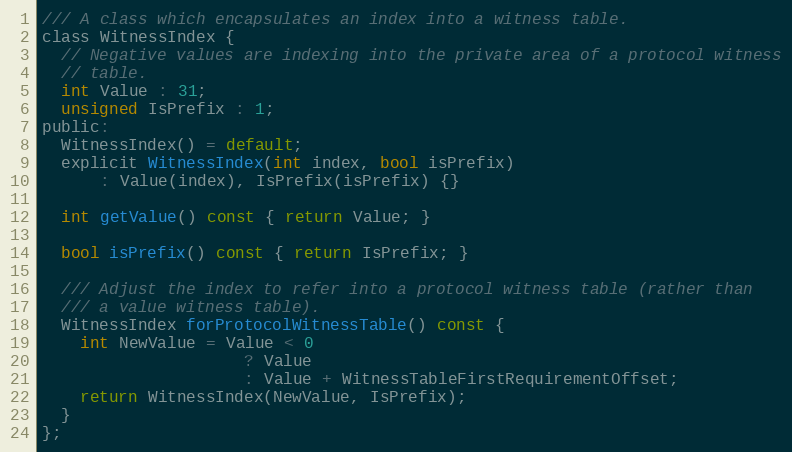
Language: C
/// A class which encapsulates an index into a witness table.
class WitnessIndex {
  // Negative values are indexing into the private area of a protocol witness
  // table.
  int Value : 31;
  unsigned IsPrefix : 1;
public:
  WitnessIndex() = default;
  explicit WitnessIndex(int index, bool isPrefix)
      : Value(index), IsPrefix(isPrefix) {}

  int getValue() const { return Value; }

  bool isPrefix() const { return IsPrefix; }

  /// Adjust the index to refer into a protocol witness table (rather than
  /// a value witness table).
  WitnessIndex forProtocolWitnessTable() const {
    int NewValue = Value < 0
                     ? Value
                     : Value + WitnessTableFirstRequirementOffset;
    return WitnessIndex(NewValue, IsPrefix);
  }
};